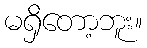
မရှိတော့ဘူး။